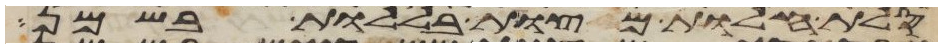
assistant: סלת חלות מצות בללות בשמן